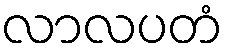
လာလပတံ